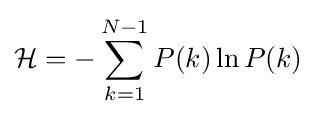
{\mathcal {H}}=-\sum _{k=1}^{N-1}P(k)\ln {P(k)}